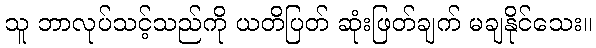
သူ ဘာလုပ်သင့်သည်ကို ယတိပြတ် ဆုံးဖြတ်ချက် မချနိုင်သေး။